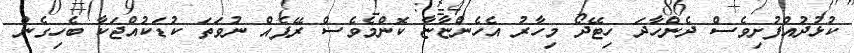
ކުޅުދުއްފުށިވެސް ދެންހާދަ ހިޓޭދޯ މިހާރު އެހެންޏާޏާ ކޮންމެވެސް ރޭޕެއް ނުވަތަ ކުޑަކުއްޖަކާ ބެހިގެން